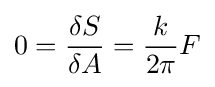
0={\frac {\delta S}{\delta A}}={\frac {k}{2\pi }}F